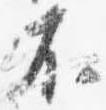
不